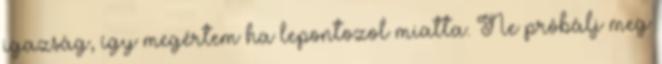
igazság, így megértem ha lepontozol miatta. Ne próbálj meg